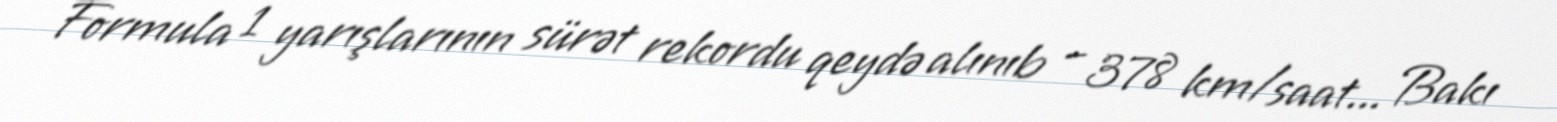
Formula 1 yarışlarının sürət rekordu qeydə alınıb – 378 km/saat... Bakı